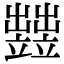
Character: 𥫋